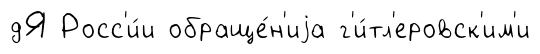
дЯ Росс'и́и обраще́н'иjа г'и́тл'еровск'им'и